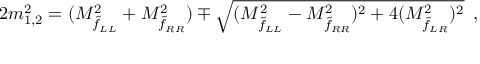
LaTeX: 2 m _ { 1 , 2 } ^ { 2 } = ( M _ { \tilde { f } _ { L L } } ^ { 2 } + M _ { \tilde { f } _ { R R } } ^ { 2 } ) \mp \sqrt { ( M _ { \tilde { f } _ { L L } } ^ { 2 } - M _ { \tilde { f } _ { R R } } ^ { 2 } ) ^ { 2 } + 4 ( M _ { \tilde { f } _ { L R } } ^ { 2 } ) ^ { 2 } } \enspace ,